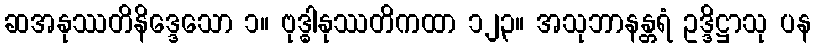
ဆအနုဿတိနိဒ္ဒေသော ၁။ ဗုဒ္ဓါနုဿတိကထာ ၁၂၃။ အသုဘာနန္တရံ ဥဒ္ဒိဋ္ဌာသု ပန